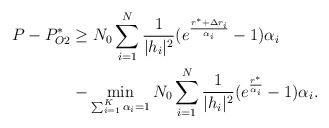
LaTeX: \begin{align*}\begin{aligned}P-P_{O2}^*&\geq N_0\sum_{i=1}^N\frac{1}{|h_i|^2}(e^{\frac{r^*+\Delta r_i}{\alpha_i}}-1)\alpha_i\\&-\min_{\sum_{i=1}^K\alpha_i=1} N_0\sum_{i=1}^N\frac{1}{|h_i|^2}(e^{\frac{r^* }{\alpha_i}}-1)\alpha_i.\end{aligned}\end{align*}